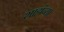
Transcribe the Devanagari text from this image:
शाहांच्या